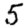
Digit: 5